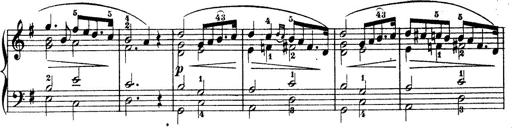
Title: Wagner-Liszt Album
Composer: Franz Liszt